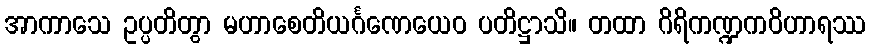
အာကာသေ ဥပ္ပတိတွာ မဟာစေတိယင်္ဂဏေယေဝ ပတိဋ္ဌာသိ။ တထာ ဂိရိကဏ္ဍကဝိဟာရဿ